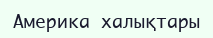
Америка халықтары